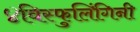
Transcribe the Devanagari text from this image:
४विस्फुलिंगिनी